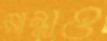
মান্নাও